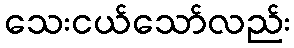
သေးငယ်သော်လည်း